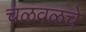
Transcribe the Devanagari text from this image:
चळवळचे